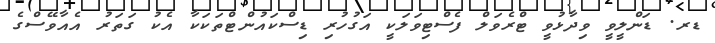
ޑރ. ޑަންލީވީ ވިދާޅުވީ ޓްރެވަލް ފެސްޓިވަލަކީ އަގުހުރި ޑިސްކައުންޓްތަކަކާ އެކު ގަތަރު އެއާވޭސްގެ